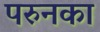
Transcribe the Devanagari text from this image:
परुनका